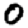
Digit: 0